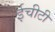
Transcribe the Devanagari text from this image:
ईचीटी